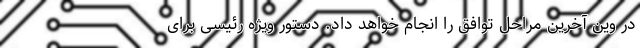
در وین آخرین مراحل توافق را انجام خواهد داد. دستور ویژه رئیسی برای